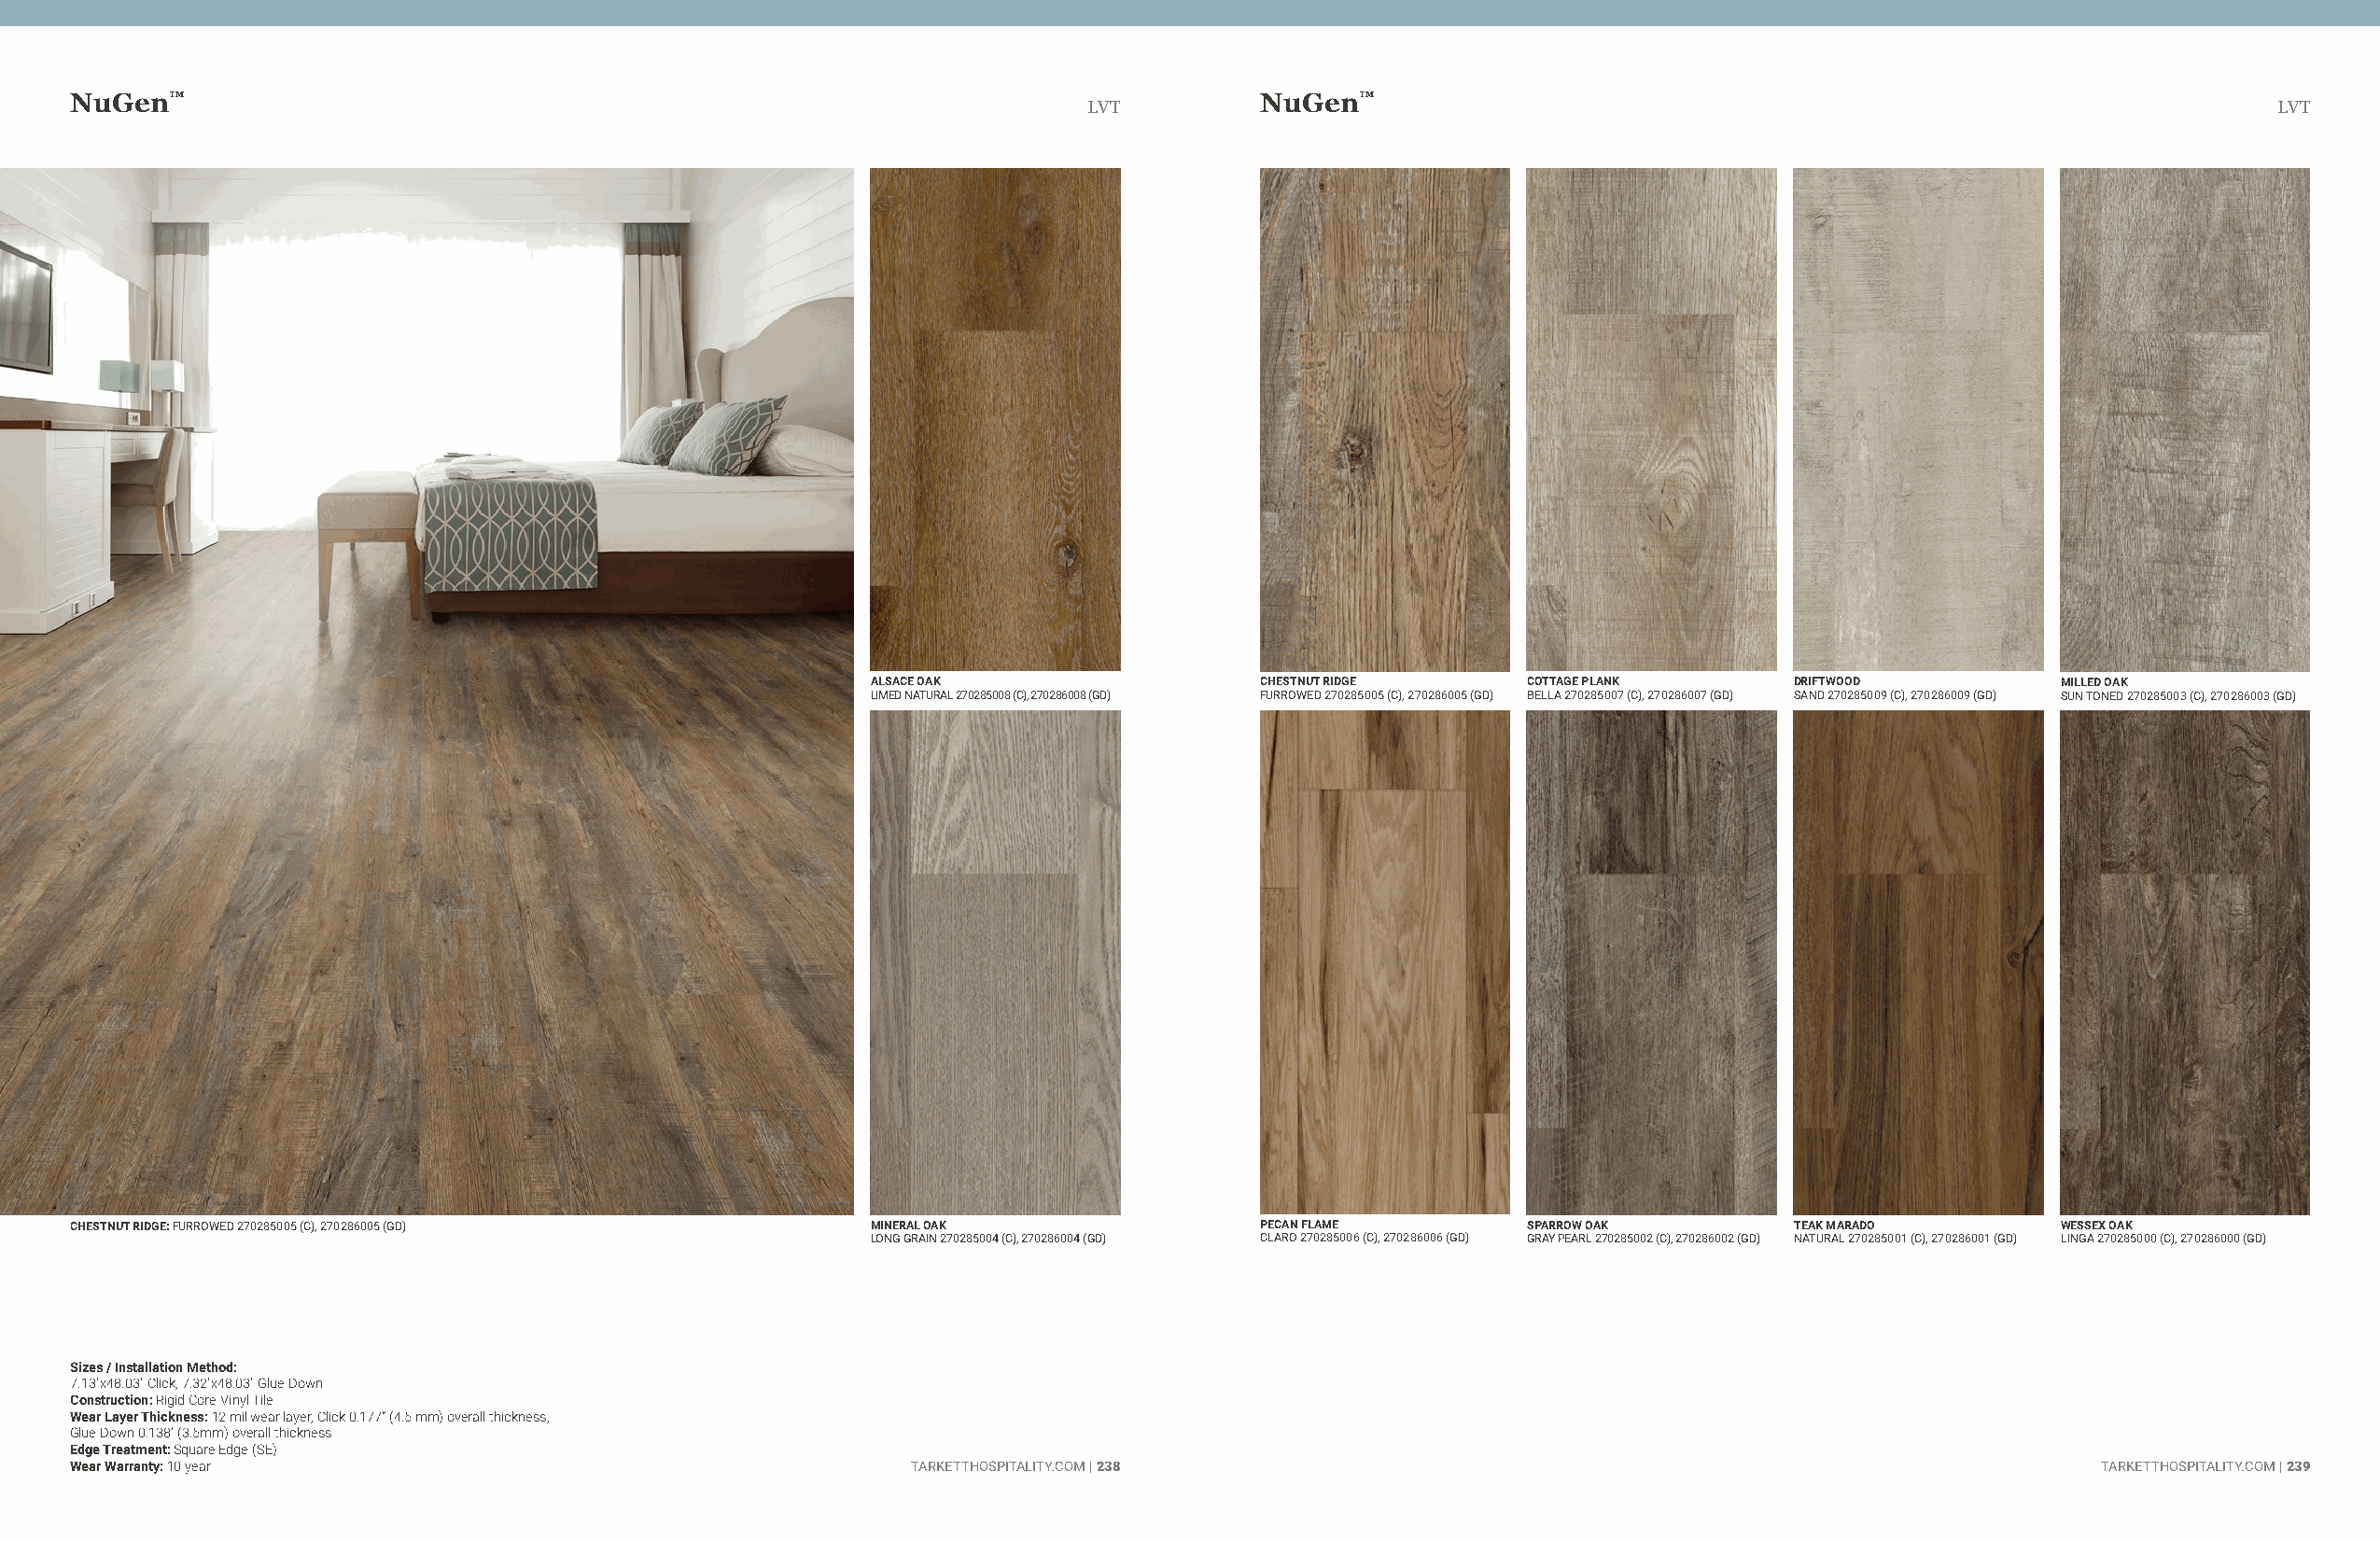
NuGen™                                                                              NuGen™
 LVT                                                                                  LVT
 ALSACE OAK                 CHESTNUT RIDGE     COTTAGE PLANK      DRIFTWOOD          MILLED OAK
 LIMED NATURAL 270285008 (C), 270286008 (GD) FURROWED 270285005 (C), 270286005 (GD) BELLA 270285007 (C), 270286007 (GD) SAND 270285009 (C), 270286009 (GD) SUN TONED 270285003 (C), 270286003 (GD)
 CHESTNUT RIDGE: FURROWED 270285005 (C), 270286005 (GD)   MINERAL OAK                PECAN FLAME        SPARROW OAK        TEAK MARADO        WESSEX OAK
 LONG GRAIN 270285004 (C), 270286004 (GD) CLARO 270285006 (C), 270286006 (GD) GRAY PEARL 270285002 (C), 270286002 (GD) NATURAL 270285001 (C), 270286001 (GD) LINGA 270285000 (C), 270286000 (GD)
 Sizes / Installation Method:
 7.13"x48.03" Click, 7.32"x48.03" Glue Down
 Construction: Rigid Core Vinyl Tile
 Wear Layer Thickness: 12 mil wear layer, Click 0.177” (4.5 mm) overall thickness,
 Glue Down 0.138" (3.5mm) overall thickness
 Edge Treatment: Square Edge (SE)
 Wear Warranty: 10 year                                      TARKETTHOSPITALITY.COM | 238                                                        TARKETTHOSPITALITY.COM | 239